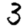
Digit: 3